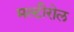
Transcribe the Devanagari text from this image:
मल्टीरोल